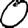
Digit: 0